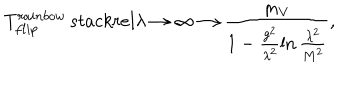
T _ { f l i p } ^ { r a i n b o w } \, s t a c k r e l { \lambda \rightarrow \infty } { \longrightarrow } \frac { m _ { V } } { 1 - \frac { g ^ { 2 } } { \lambda ^ { 2 } } \ln \frac { \lambda ^ { 2 } } { M ^ { 2 } } } ,